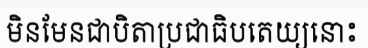
មិនមែនជាបិតាប្រជាធិបតេយ្យនោះ